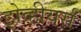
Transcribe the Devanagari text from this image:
झेव्हीयर्स